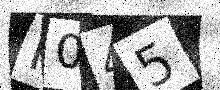
Text: R045